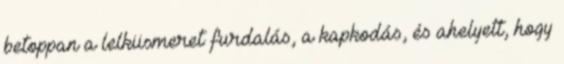
betoppan a lelkiismeret furdalás, a kapkodás, és ahelyett, hogy